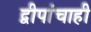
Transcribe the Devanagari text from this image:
द्वीपांचाही